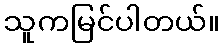
သူကမြင်ပါတယ်။